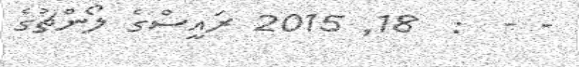
- -  :  18